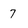
Character: 7